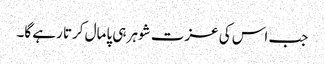
جب اس کی عزت شوہر ہی پامال کرتا رہے گا۔